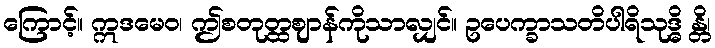
ကြောင့်။ ဣဒမေဝ၊ ဤစတုတ္ထဈာန်ကိုသာလျှင်။ ဥပေက္ခာသတိပါရိသုဒ္ဓိ န္တိ၊